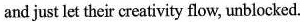
and just let their creativity flow, unblocked.